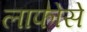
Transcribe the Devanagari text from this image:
लाफोसे